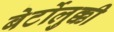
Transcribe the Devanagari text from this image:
बेर्टोलुक्की